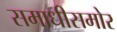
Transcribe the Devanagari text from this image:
समाधीसमोर